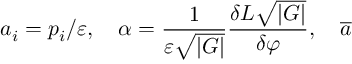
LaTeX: a _ { i } = p _ { i } / \varepsilon , \quad \alpha = \frac 1 { \varepsilon \sqrt { \left| G \right| } } \frac { \delta L \sqrt { \left| G \right| } } { \delta \varphi } , \quad \overline { { { a } } }